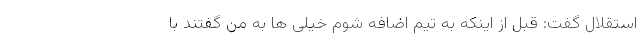
استقلال گفت: قبل از اینکه به تیم اضافه شوم خیلی ها به من گفتند با